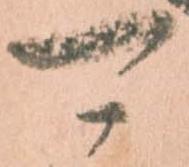
可